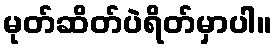
မုတ်ဆိတ်ပဲရိတ်မှာပါ။